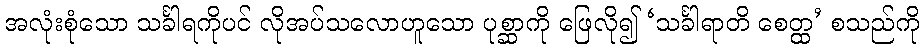
အလုံးစုံသော သင်္ခါရကိုပင် လိုအပ်သလောဟူသော ပုစ္ဆာကို ဖြေလို၍ ‘သင်္ခါရာတိ စေတ္ထ’ စသည်ကို